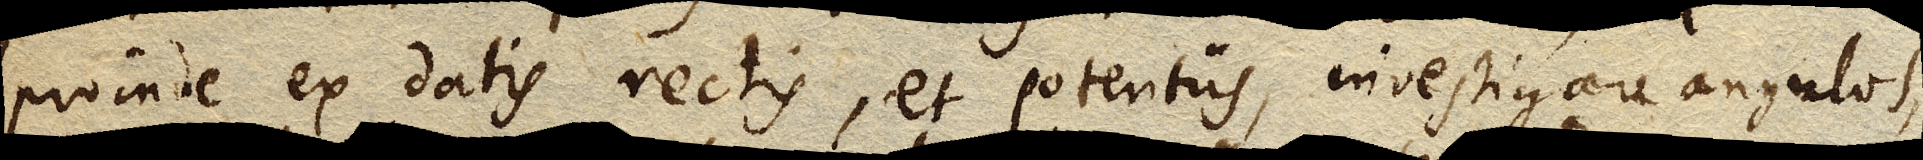
proinde ex datis rectis, et potentiis, investigare angulos,